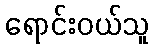
ရောင်းဝယ်သူ